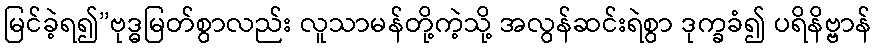
မြင်ခဲ့ရ၍”ဗုဒ္ဓမြတ်စွာလည်း လူသာမန်တို့ကဲ့သို့ အလွန်ဆင်းရဲစွာ ဒုက္ခခံ၍ ပရိနိဗ္ဗာန်